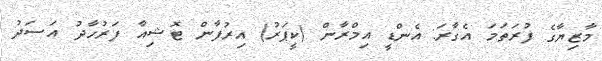
މާޒިޔާގެ ފުރަތަމަ އެގާރަ: އެންޑީ އިމްރާން (ކީޕަރު) އިރުފާން ޓޮޝިއާ ފަރުހާދު އަސަދު